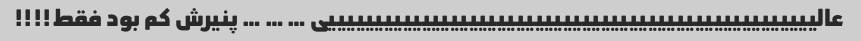
عالییییییییییییییییییییییییییییییییییییییییییییییییییییی … … … پنیرش کم بود فقط!!!!